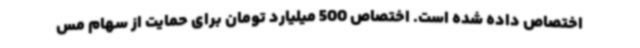
اختصاص داده شده است. اختصاص 500 میلیارد تومان برای حمایت از سهام مس